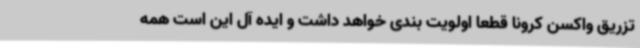
تزریق واکسن کرونا قطعا اولویت بندی خواهد داشت و ایده آل این است همه